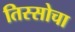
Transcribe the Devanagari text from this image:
तिस्सोचा